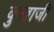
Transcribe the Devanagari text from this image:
कुखाजी